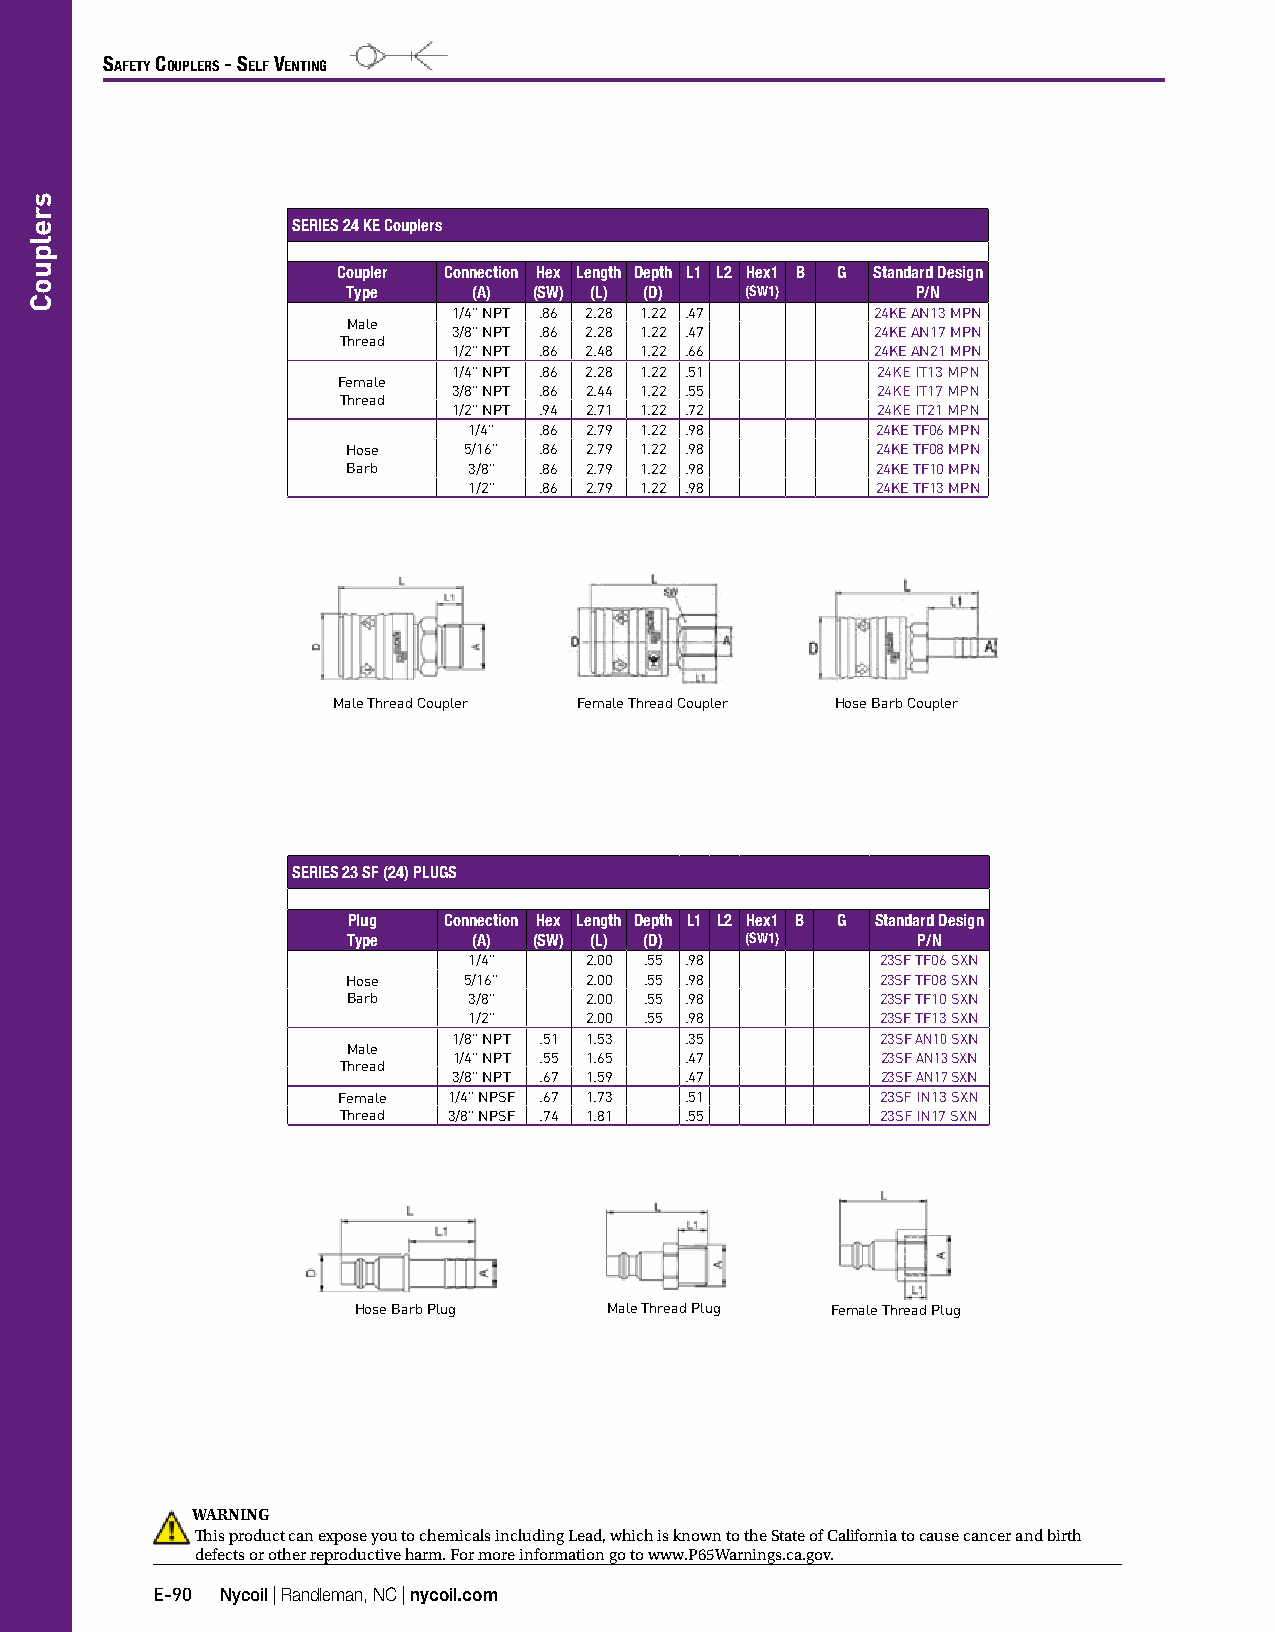
Safety CouplerS - Self Venting
 SERIES 24 KE Couplers
 Coupler Connection Hex Length Depth L1 L2 Hex1 B G Standard Design
 Type    (A) (SW) (L) (D)  (SW1)       P/N
 1/4" NPT .86 2.28 1.22 .47  24KE AN13 MPN
 Male
 3/8" NPT .86 2.28 1.22 .47  24KE AN17 MPN
 Thread
 1/2" NPT .86 2.48 1.22 .66  24KE AN21 MPN
 1/4" NPT .86 2.28 1.22 .51  24KE IT13 MPN
 Female
 3/8" NPT .86 2.44 1.22 .55  24KE IT17 MPN
 Thread
 1/2" NPT .94 2.71 1.22 .72  24KE IT21 MPN
 1/4" .86 2.79 1.22 .98     24KE TF06 MPN
 Hose    5/16" .86 2.79 1.22 .98    24KE TF08 MPN
 Barb    3/8" .86 2.79 1.22 .98     24KE TF10 MPN
 1/2" .86 2.79 1.22 .98     24KE TF13 MPN
 Male Thread Coupler Female Thread Coupler Hose Barb Coupler
 SERIES 23 SF (24) PLUGS
 Plug  Connection Hex Length Depth L1 L2 Hex1 B G Standard Design
 Type    (A) (SW) (L) (D)  (SW1)       P/N
 1/4"    2.00 .55 .98       23SF TF06 SXN
 Hose    5/16"   2.00 .55 .98       23SF TF08 SXN
 Barb    3/8"    2.00 .55 .98       23SF TF10 SXN
 1/2"    2.00 .55 .98       23SF TF13 SXN
 1/8" NPT .51 1.53 .35       23SF AN10 SXN
 Male
 1/4" NPT .55 1.65 .47       23SF AN13 SXN
 Thread
 3/8" NPT .67 1.59 .47       23SF AN17 SXN
 Female  1/4" NPSF .67 1.73 .51      23SF IN13 SXN
 Thread  3/8" NPSF .74 1.81 .55      23SF IN17 SXN
 Hose Barb Plug  Male Thread Plug Female Thread Plug
 WARNING
 This product can expose you to chemicals including Lead, which is known to the State of California to cause cancer and birth
 defects or other reproductive harm. For more information go to www.P65Warnings.ca.gov.
 E-90 Nycoil | Randleman, NC | nycoil.com
 srelpuoC